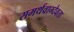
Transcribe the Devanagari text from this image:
समर्थवाग्देवता